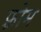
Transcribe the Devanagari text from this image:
फ़्रोम